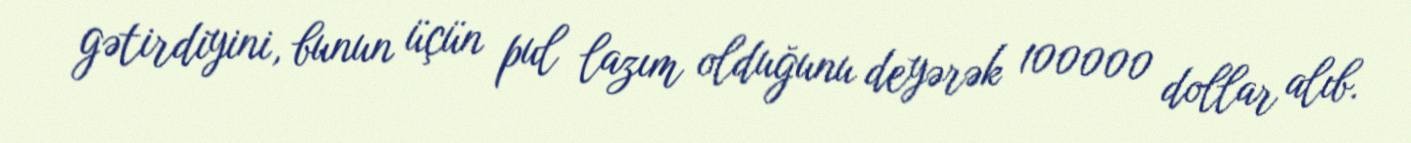
gətirdiyini, bunun üçün pul lazım olduğunu deyərək 100000 dollar alıb.